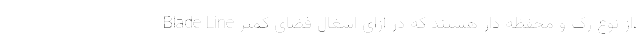
Blade Line از نوع رک و محفظه دار هستند که در ازای اشغال فضای کمتر،